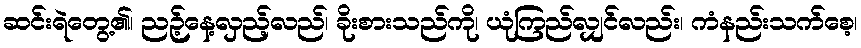
ဆင်းရဲတွေ့၏၊ ညဉ့်နေ့လှည့်လည်၊ ခိုးစားသည်ကို၊ ယုံကြည်လျှင်လည်း၊ ကံနည်းသက်စေ့၊